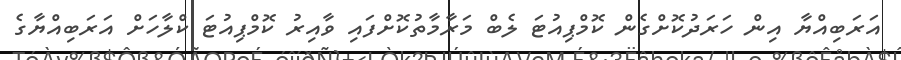
އަރަބިއްޔާ އިން ހަރަދުކޮށްގެން ކޮމްޕިއުޓަ ލެބް މަރާމާތުކޮށްފައި ވާއިރު ކޮމްޕިއުޓަ ކްލާހަށް އަރަބިއްޔާގެ